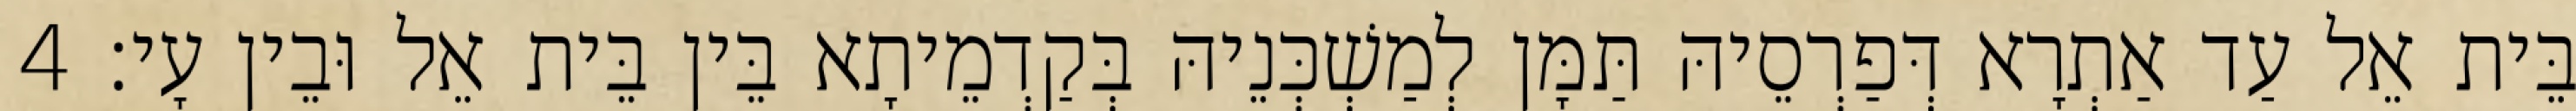
בֵּית אֵל עַד אַתְרָא דְּפַרְסֵיהּ תַּמָּן לְמַשְׁכְּנֵיהּ בְּקַדְמֵיתָא בֵּין בֵּית אֵל וּבֵין עָי׃ 4